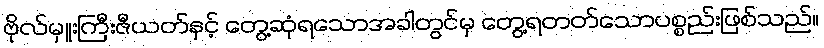
ဗိုလ်မှူးကြီးဇီယတ်နှင့် တွေ့ဆုံရသောအခါတွင်မှ တွေ့ရတတ်သောပစ္စည်းဖြစ်သည်၊၊